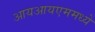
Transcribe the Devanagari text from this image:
आयआयएममध्ये